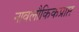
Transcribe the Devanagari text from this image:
नावलौकिकप्राप्त